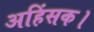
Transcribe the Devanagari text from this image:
अहिंसक।